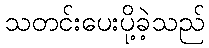
သတင်းပေးပို့ခဲ့သည်